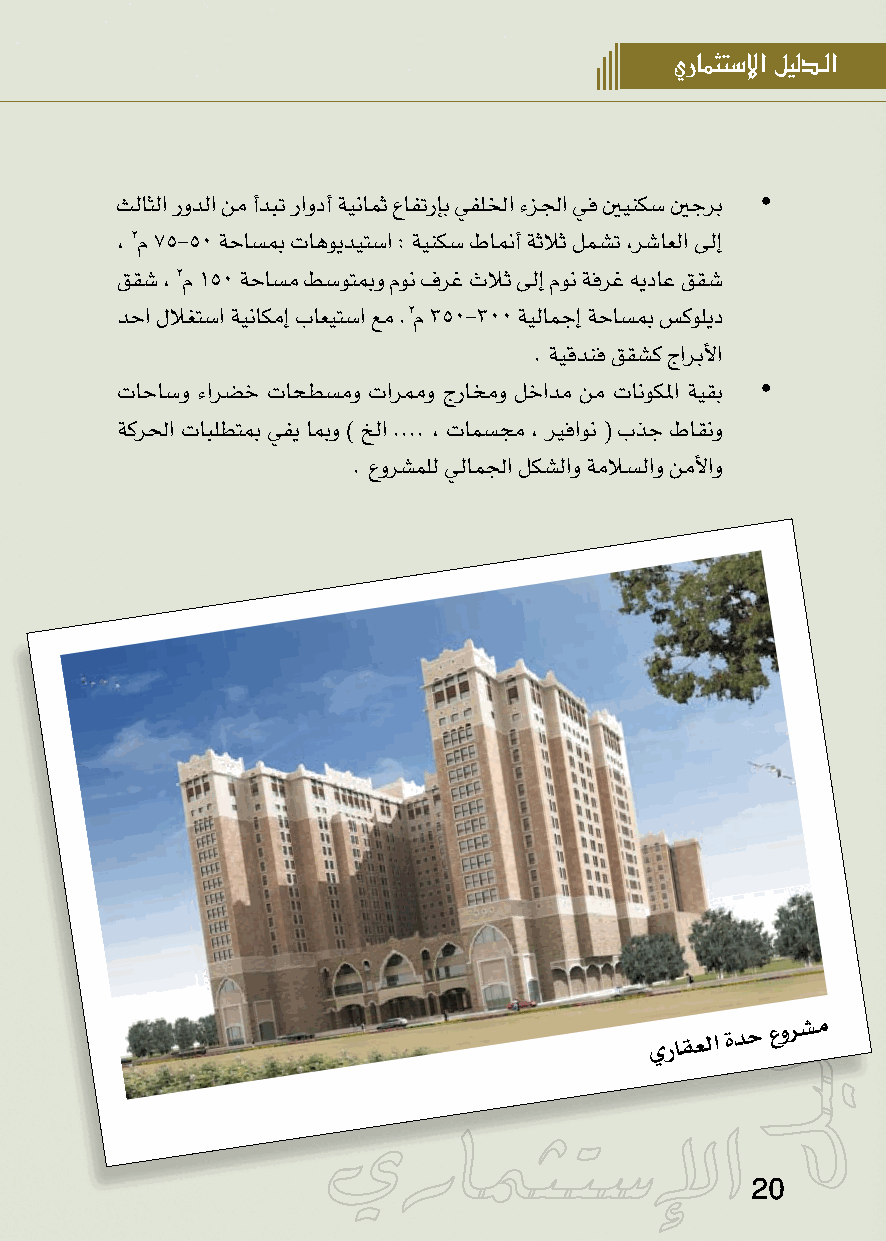
يرامثتس�إل� ليلدـل�
 •
 ثلاثلا رودلا نم أدبت راودأ ةينامث عافترإب يفللخا ءزلجا يف ينينكس ينجرب
 , 2م 75-50 ةحاسبم تاهويديتسا : ةينكس طانمأ ةثلاث لمشت ,رشاعلا ىلإ
 ققش , 2م 150 ةحاسم طسوتبمو مون فرغ ثلاث ىلإ مون ةفرغ هيداع ققش
 دحا للاغتسا ةيناكمإ باعيتسا عم .2م 350-300 ةيلامجإ ةحاسبم سكوليد
 . ةيقدنف ققشك جاربلأا
 •
 تاحاسو ءارضخ تاحطسمو تارممو جراخمو لخادم نم تانوكلما ةيقب
 ةكرلحا تابلطتبم يفي ابمو ) خلا .... , تامسجم , ريفاون ( بذج طاقنو
 . عورشملل يلاملجا لكشلاو ةملاسلاو نملأاو
 يراقعلا
 ةدح
 عورشم
 20